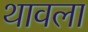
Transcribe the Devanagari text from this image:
थावला